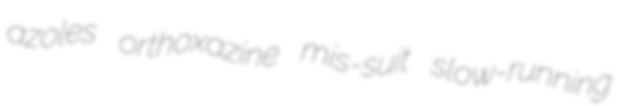
azoles orthoxazine mis-suit slow-running